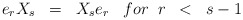
\begin{align*}e_rX_s\;\;=\;\;X_se_r \;\;\; for \;\; r \;\;< \;\; s-1\end{align*}